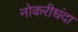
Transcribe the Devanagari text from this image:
नोकरीधंदा